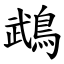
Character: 鵡